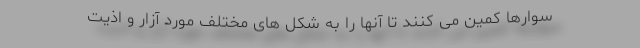
سوارها کمین می کنند تا آنها را به شکل های مختلف مورد آزار و اذیت